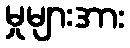
မှုများအား